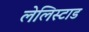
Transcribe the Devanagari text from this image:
लेलिस्टाड